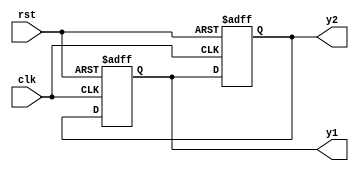
module fbosc2 (y1, y2, clk, rst);
    output y1, y2;
    input clk, rst;
    reg y1, y2;

    always @(posedge clk or posedge rst) begin
        if(rst)
            y1 <= 0; //reset
        else 
            y1 <= y2;
    end

    always @(posedge clk or posedge rst) begin
        if(rst)
            y2 <= 1; //preset
        else
            y2 <= y1;
    end
    
endmodule

//output: y1 = 1, y2 = 0;